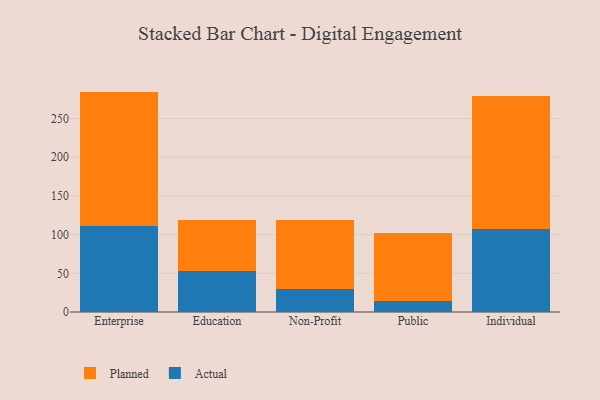
{"axis": {"x": "Segment", "y": "Headcount"}, "legend": ["Actual", "Planned"], "data": [{"x": "Enterprise", "y": 111.8, "type": "Actual"}, {"x": "Enterprise", "y": 173.1, "type": "Planned"}, {"x": "Education", "y": 52.6, "type": "Actual"}, {"x": "Education", "y": 66.7, "type": "Planned"}, {"x": "Non-Profit", "y": 29.6, "type": "Actual"}, {"x": "Non-Profit", "y": 89.2, "type": "Planned"}, {"x": "Public", "y": 13.9, "type": "Actual"}, {"x": "Public", "y": 88.4, "type": "Planned"}, {"x": "Individual", "y": 106.8, "type": "Actual"}, {"x": "Individual", "y": 172.2, "type": "Planned"}]}